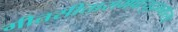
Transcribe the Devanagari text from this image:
गीतसीतारामप्रत्युद्गमोत्सवः